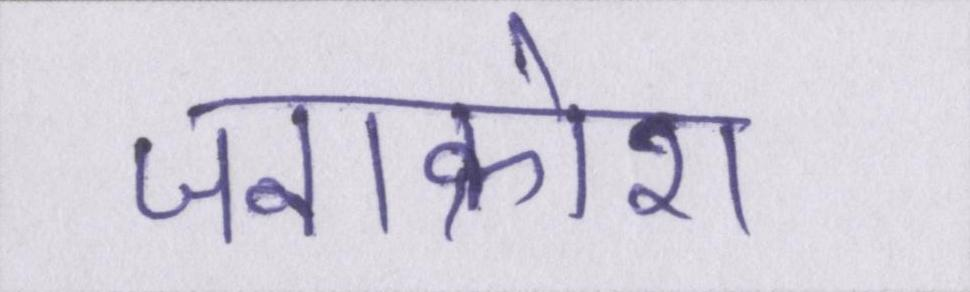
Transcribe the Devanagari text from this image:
जनाक्रोश